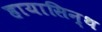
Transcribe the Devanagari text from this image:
हायासिन्थ